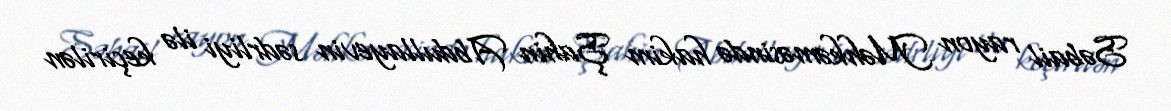
Səbail rayon Məhkəməsində hakim Şahin Abdullayevin sədrliyi ilə keçirilən